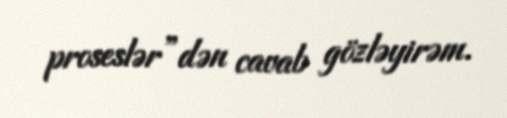
proseslər”dən cavab gözləyirəm.